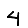
Digit: 4